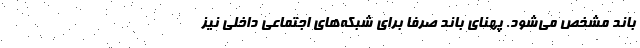
باند مشخص می‌شود. پهنای باند صرفا برای شبکه‌های اجتماعی داخلی نیز